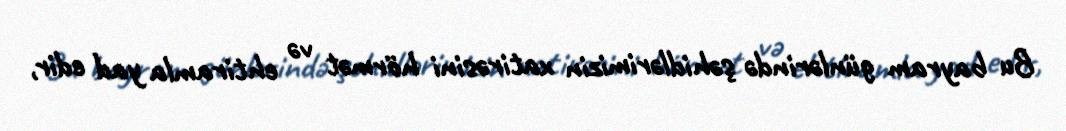
Bu bayram günlərində şəhidlərimizin xatirəsini hörmət və ehtiramla yad edir,